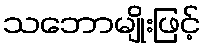
သဘောမျိုးဖြင့်